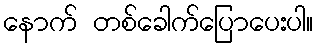
နောက် တစ်ခေါက်ပြောပေးပါ။